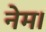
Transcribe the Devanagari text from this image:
नेम।